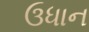
ઉધાન